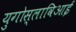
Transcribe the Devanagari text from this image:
युगोस्लाविआई